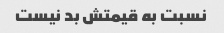
نسبت به قیمتش بد نیست